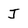
Character: J